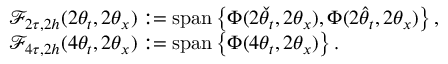
\begin{array} { r l } & { \mathcal { F } _ { 2 \tau , 2 h } ( 2 \theta _ { t } , 2 \theta _ { x } ) : = \mathrm { s p a n } \left\{ \boldsymbol { \Phi } ( 2 \check { \theta } _ { t } , 2 \theta _ { x } ) , \boldsymbol { \Phi } ( 2 \hat { \theta } _ { t } , 2 \theta _ { x } ) \right\} , } \\ & { \mathcal { F } _ { 4 \tau , 2 h } ( 4 \theta _ { t } , 2 \theta _ { x } ) : = \mathrm { s p a n } \left\{ \boldsymbol { \Phi } ( 4 \theta _ { t } , 2 \theta _ { x } ) \right\} . } \end{array}